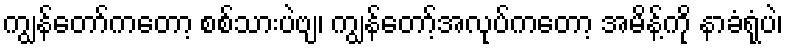
ကျွန်တော်ကတော့ စစ်သားပဲဗျ၊ ကျွန်တော့်အလုပ်ကတော့ အမိန့်ကို နာခံရုံပဲ၊